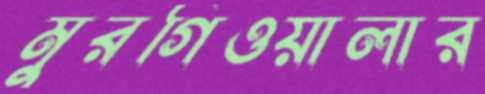
মুরগিওয়ালার